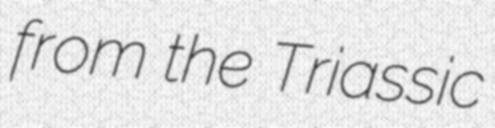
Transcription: from the Triassic